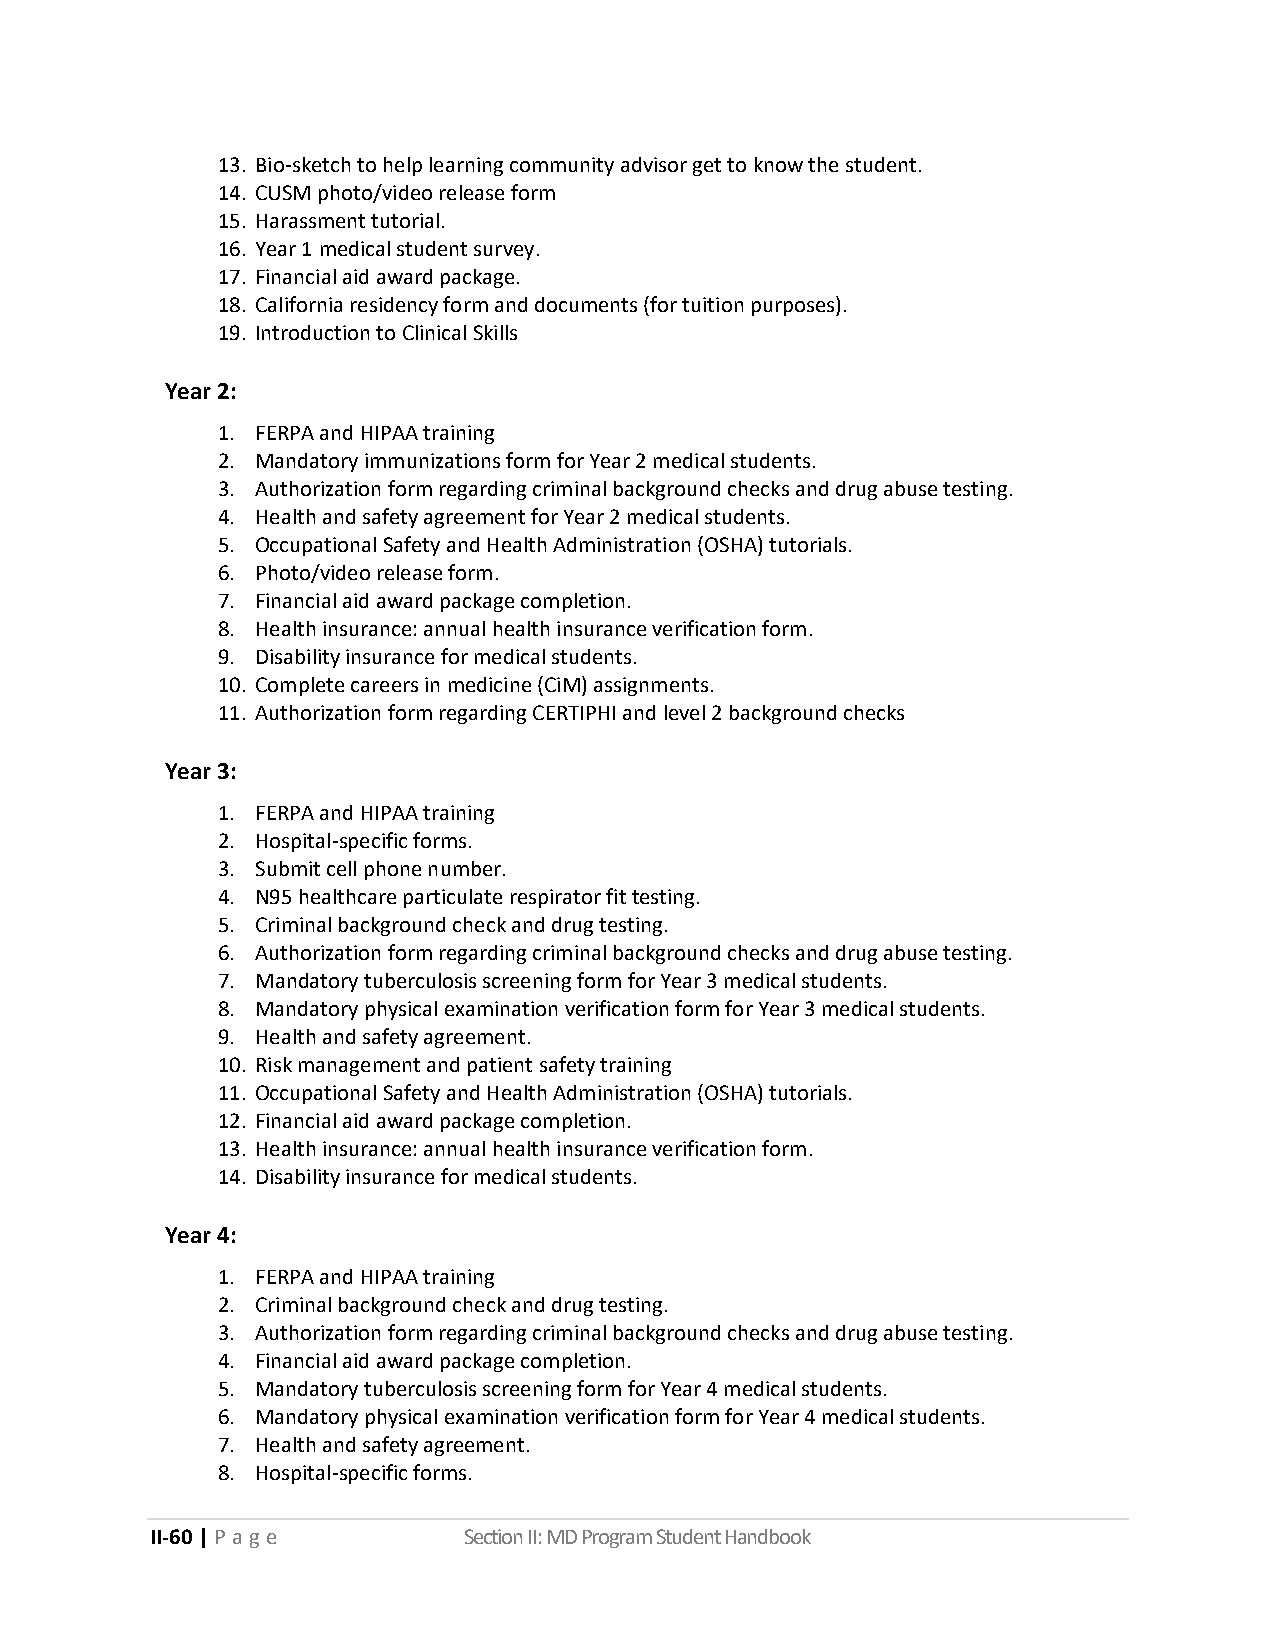
13. Bio-sketch to help learning community advisor get to know the student.
 14. CUSM photo/video release form
 15. Harassment tutorial.
 16. Year 1 medical student survey.
 17. Financial aid award package.
 18. California residency form and documents (for tuition purposes).
 19. Introduction to Clinical Skills
 Year 2:
 1. FERPA and HIPAA training
 2. Mandatory immunizations form for Year 2 medical students.
 3. Authorization form regarding criminal background checks and drug abuse testing.
 4. Health and safety agreement for Year 2 medical students.
 5. Occupational Safety and Health Administration (OSHA) tutorials.
 6. Photo/video release form.
 7. Financial aid award package completion.
 8. Health insurance: annual health insurance verification form.
 9. Disability insurance for medical students.
 10. Complete careers in medicine (CiM) assignments.
 11. Authorization form regarding CERTIPHI and level 2 background checks
 Year 3:
 1. FERPA and HIPAA training
 2. Hospital-specific forms.
 3. Submit cell phone number.
 4. N95 healthcare particulate respirator fit testing.
 5. Criminal background check and drug testing.
 6. Authorization form regarding criminal background checks and drug abuse testing.
 7. Mandatory tuberculosis screening form for Year 3 medical students.
 8. Mandatory physical examination verification form for Year 3 medical students.
 9. Health and safety agreement.
 10. Risk management and patient safety training
 11. Occupational Safety and Health Administration (OSHA) tutorials.
 12. Financial aid award package completion.
 13. Health insurance: annual health insurance verification form.
 14. Disability insurance for medical students.
 Year 4:
 1. FERPA and HIPAA training
 2. Criminal background check and drug testing.
 3. Authorization form regarding criminal background checks and drug abuse testing.
 4. Financial aid award package completion.
 5. Mandatory tuberculosis screening form for Year 4 medical students.
 6. Mandatory physical examination verification form for Year 4 medical students.
 7. Health and safety agreement.
 8. Hospital-specific forms.
 II-60 | P a g e      Section II: MD Program Student Handbook